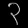
Digit: ၃